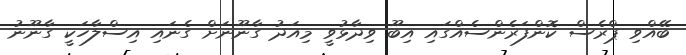
ބޭއްވި ޕްރެސް ކޮންފަރެންސެއްގައި އިބޫ ވިދާޅުވީ މިއަދު ގާނޫނަށް ގެނައި އިސްލާހަކީ ގާނޫނު